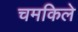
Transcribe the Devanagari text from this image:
चमकिले